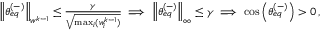
\begin{array} { r } { \left\lVert \theta _ { e q } ^ { ( - ) } \right\rVert _ { w ^ { k - 1 } } \leq \frac { \gamma } { \sqrt { \operatorname* { m a x } _ { i } ( w _ { i } ^ { k - 1 } ) } } \implies \left\lVert \theta _ { e q } ^ { ( - ) } \right\rVert _ { \infty } \leq \gamma \implies \cos \left( \theta _ { e q } ^ { ( - ) } \right) > 0 \, , } \end{array}